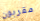
مقربون